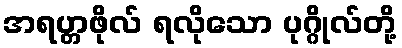
အရဟ္တဖိုလ် ရလိုသော ပုဂ္ဂိုလ်တို့